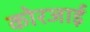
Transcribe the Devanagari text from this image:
कोरजाई